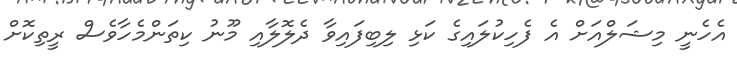
އެހެނީ މިޝަލްއަށް އެ ފެހިކުލައިގެ ކަޅި ލިބިފައިވާ ދެލޮލާއި މޫނު ކިތަންމެހާވެސް ރީތިކޮށް